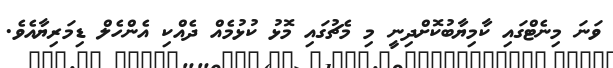
ވަނަ މިނެޓްގައި ކާމިޔާބުކޮށްދިނީ މި މެޗުގައި މޮޅު ކުޅުމެއް ދެއްކި އެންހެލް ޑިމަރިޔާއެވެ.